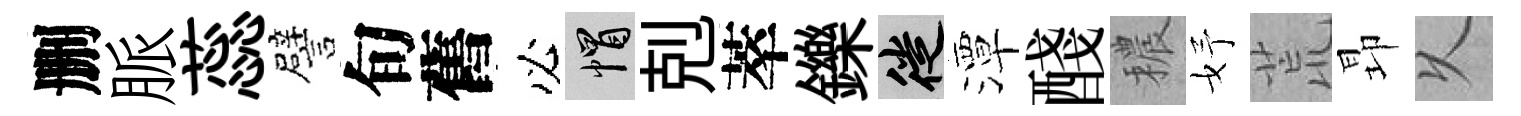
删脈蕊譬旬舊必帽剋萃鑠徙潭醆穠妤荒昻乆